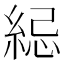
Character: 䋟